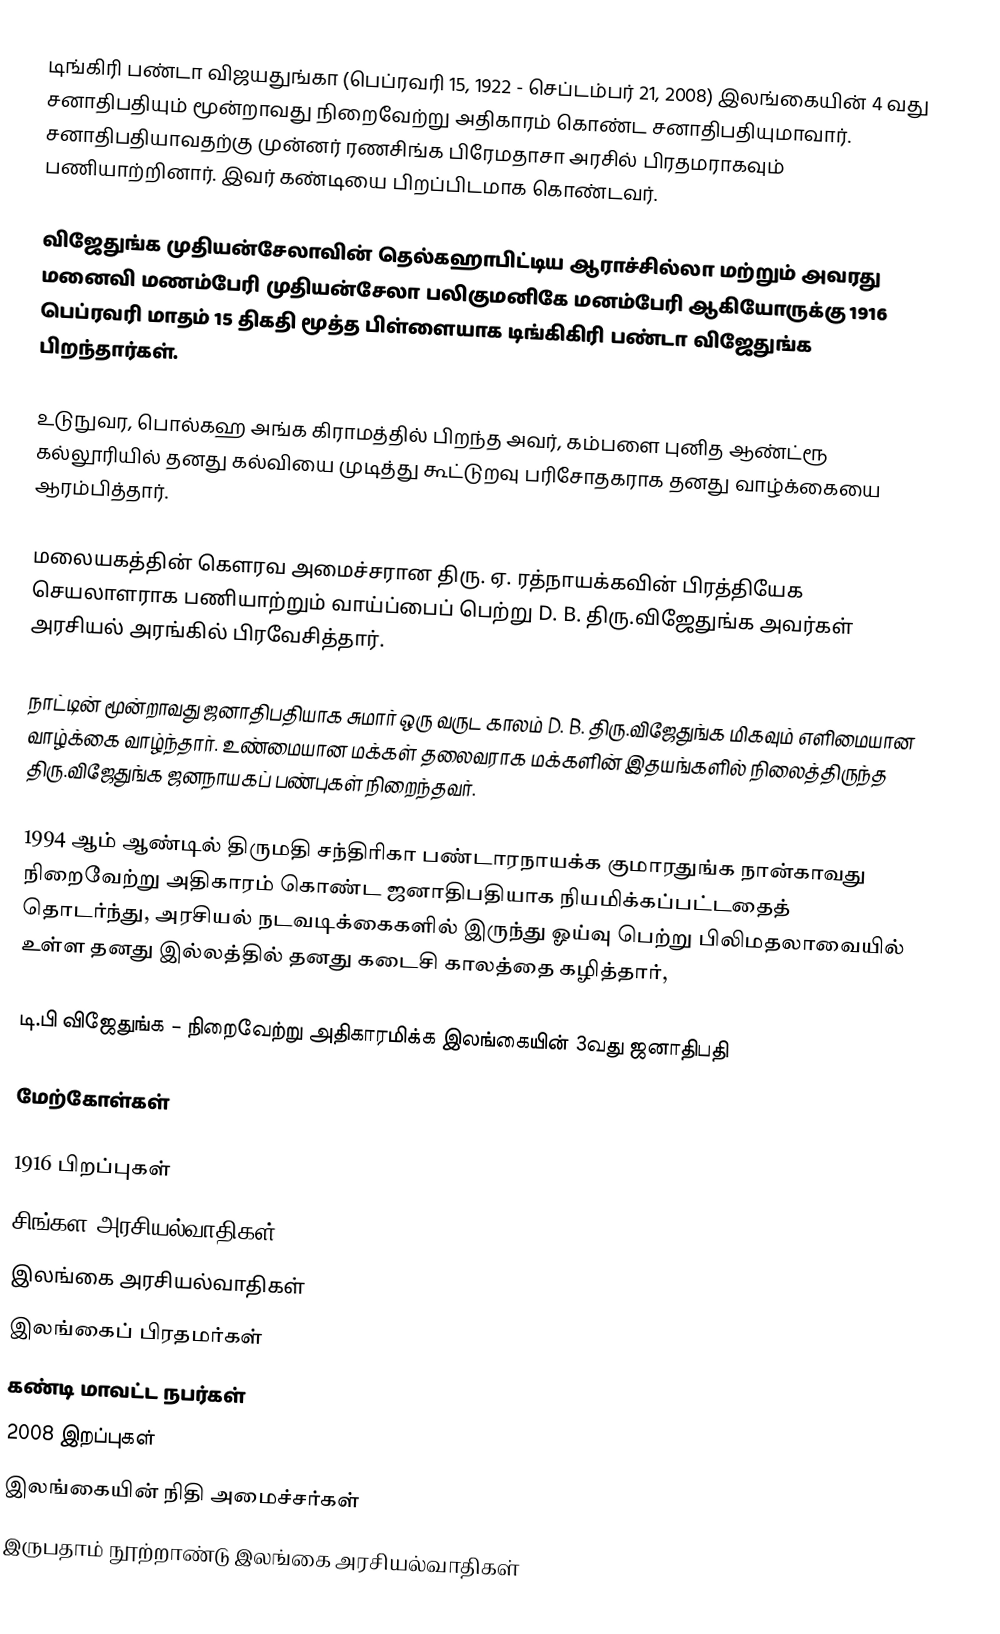
டிங்கிரி பண்டா விஜயதுங்கா (பெப்ரவரி 15, 1922 - செப்டம்பர் 21, 2008) இலங்கையின் 4 வது சனாதிபதியும் மூன்றாவது நிறைவேற்று அதிகாரம் கொண்ட சனாதிபதியுமாவார். சனாதிபதியாவதற்கு முன்னர் ரணசிங்க பிரேமதாசா அரசில் பிரதமராகவும் பணியாற்றினார். இவர் கண்டியை பிறப்பிடமாக கொண்டவர்.

விஜேதுங்க முதியன்சேலாவின் தெல்கஹாபிட்டிய ஆராச்சில்லா மற்றும் அவரது மனைவி மணம்பேரி முதியன்சேலா பலிகுமனிகே மனம்பேரி ஆகியோருக்கு 1916 பெப்ரவரி மாதம் 15 திகதி மூத்த பிள்ளையாக டிங்கிகிரி பண்டா விஜேதுங்க பிறந்தார்கள்.

உடுநுவர, பொல்கஹ அங்க கிராமத்தில் பிறந்த அவர், கம்பளை புனித ஆண்ட்ரூ கல்லூரியில் தனது கல்வியை முடித்து கூட்டுறவு பரிசோதகராக தனது வாழ்க்கையை ஆரம்பித்தார்.

மலையகத்தின் கௌரவ அமைச்சரான திரு. ஏ. ரத்நாயக்கவின் பிரத்தியேக செயலாளராக பணியாற்றும் வாய்ப்பைப் பெற்று D. B. திரு.விஜேதுங்க அவர்கள் அரசியல் அரங்கில் பிரவேசித்தார்.

நாட்டின் மூன்றாவது ஜனாதிபதியாக சுமார் ஒரு வருட காலம் D. B. திரு.விஜேதுங்க மிகவும் எளிமையான வாழ்க்கை வாழ்ந்தார். உண்மையான மக்கள் தலைவராக மக்களின் இதயங்களில் நிலைத்திருந்த திரு.விஜேதுங்க ஜனநாயகப் பண்புகள் நிறைந்தவர்.

1994 ஆம் ஆண்டில் திருமதி சந்திரிகா பண்டாரநாயக்க குமாரதுங்க நான்காவது நிறைவேற்று அதிகாரம் கொண்ட ஜனாதிபதியாக நியமிக்கப்பட்டதைத் தொடர்ந்து, அரசியல் நடவடிக்கைகளில் இருந்து ஓய்வு பெற்று பிலிமதலாவையில் உள்ள தனது இல்லத்தில் தனது கடைசி காலத்தை கழித்தார்,

டி.பி விஜேதுங்க – நிறைவேற்று அதிகாரமிக்க இலங்கையின் 3வது ஜனாதிபதி

மேற்கோள்கள்

1916 பிறப்புகள்
சிங்கள அரசியல்வாதிகள்
இலங்கை அரசியல்வாதிகள்
இலங்கைப் பிரதமர்கள்
கண்டி மாவட்ட நபர்கள்
2008 இறப்புகள்
இலங்கையின் நிதி அமைச்சர்கள்
இருபதாம் நூற்றாண்டு இலங்கை அரசியல்வாதிகள்